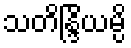
သတိန္ဒြိယမ္ပိ